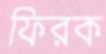
ফিরক